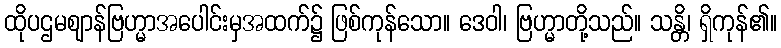
ထိုပဌမဈာန်ဗြဟ္မာအပေါင်းမှအထက်၌ ဖြစ်ကုန်သော။ ဒေဝါ၊ ဗြဟ္မာတို့သည်။ သန္တိ၊ ရှိကုန်၏။